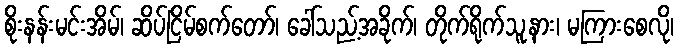
စိုးနန်းမင်းအိမ်၊ ဆိပ်ငြိမ်စက်တော်၊ ခေါ်သည့်အခိုက်၊ တိုက်ရိုက်သူ့နား၊ မကြားစေလို၊